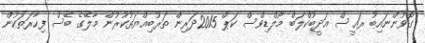
ގޮވުންނައިބު ރައީސް އަދީބުކްލަބް މޯލްޑިވްސް ކަޕް 2015ދަރިން ތަރުބިއްޔަތުކުރުން މާލޭގެ ބޭސް ފިހާރަތަކުން